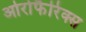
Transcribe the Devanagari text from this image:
ओरोफैरिंक्स